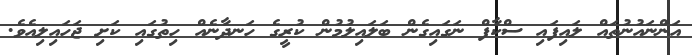
އަންނައުނުތައް ލައިފައި ސްކާފް ނަގައިގެން ބަލައިލުމުން ކުރީގެ ހަނދާނެއް ހިތުގައި ކަށި ޖަހައިލިއެވެ.